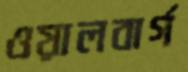
ওয়ালবার্গ